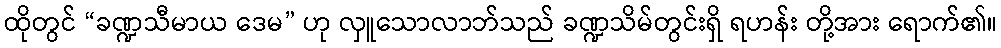
ထိုတွင် “ခဏ္ဍသီမာယ ဒေမ” ဟု လှူသောလာဘ်သည် ခဏ္ဍသိမ်တွင်းရှိ ရဟန်း တို့အား ရောက်၏။